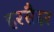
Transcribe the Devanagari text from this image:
हरसैइर